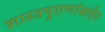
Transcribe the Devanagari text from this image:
शास्त्रपुराणांबाहेर